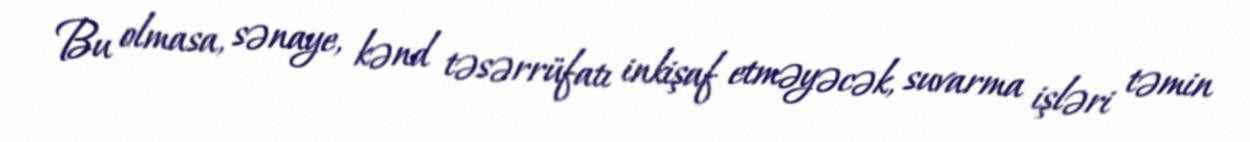
Bu olmasa, sənaye, kənd təsərrüfatı inkişaf etməyəcək, suvarma işləri təmin